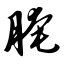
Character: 腌